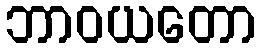
ဘာဝယတော